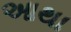
આથા